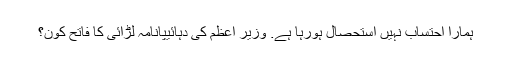
ہمارا احتساب نہیں استحصال ہورہا ہے. وزیر اعظم کی دہائیپانامہ لڑائی کا فاتح کون؟